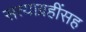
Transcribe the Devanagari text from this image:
सत्याग्रहींसह